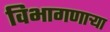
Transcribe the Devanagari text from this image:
विभागणाऱ्या